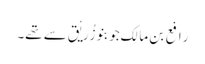
رَافِع بن مالِک جو بنو زُرَیْق سے تھے۔